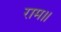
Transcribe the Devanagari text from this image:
राम॥